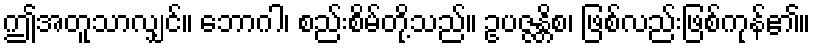
ဤအတူသာလျှင်။ ဘောဂါ၊ စည်းစိမ်တို့သည်။ ဥပဇ္ဇန္တိစ၊ ဖြစ်လည်းဖြစ်ကုန်၏။